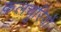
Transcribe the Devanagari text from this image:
कलचूरियों